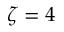
\zeta = 4